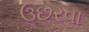
ઉછરવા